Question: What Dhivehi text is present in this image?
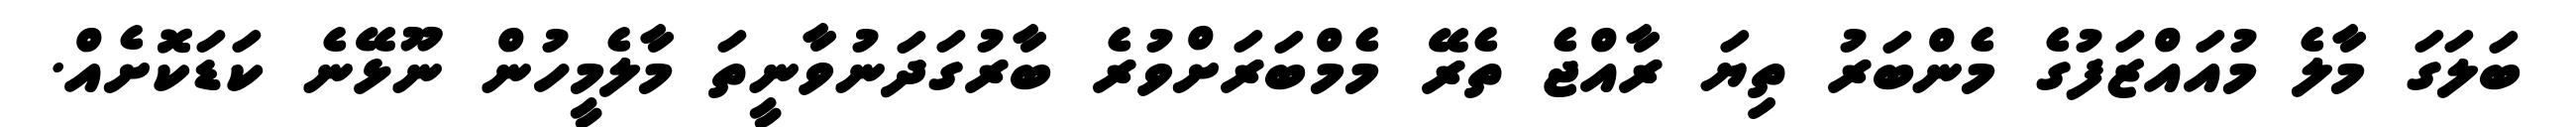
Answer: ބަލަގަ މާލެ މުއައްޒަފުގެ މެންބަރު ތިޔަ ރާއްޖެ ތެރޭ މެމްބަރަށްވުރެ ބާރުގަދަނުވާނީތަ މާލެމީހުން ނޫޅޭނެ ކަޑަކޮށެއް.